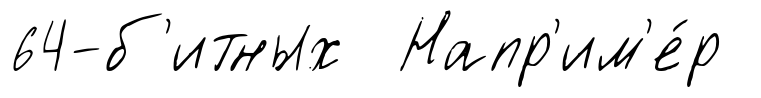
64-б'итных Напр'им'е́р